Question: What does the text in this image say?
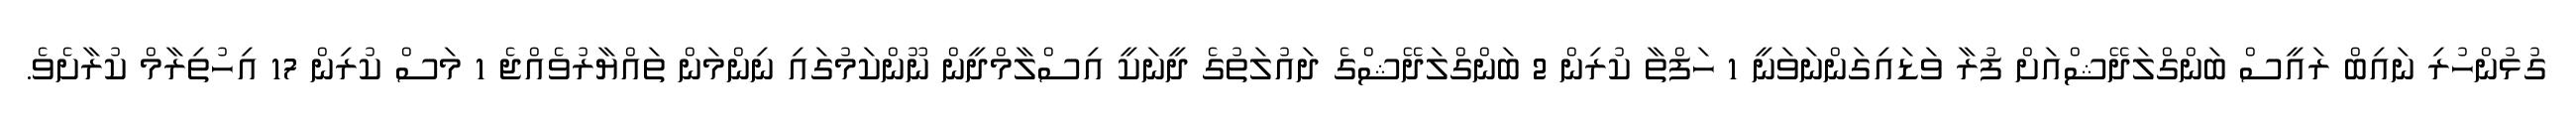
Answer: ގުޅުންހުރި ނައިބް ރައީސް ބަންގްލަދޭޝްއަށް ފުރާ ވަޑައިގަންނަވަނީ 1 ހަފްތާ ކުރިން 2 ބަންގްލަދޭޝްގެ ދައުލަތުގެ ދީނަކީ އިސްލާމްދީން ނޫންކަމުގައި ނިންމަން ތައްޔާރުވެއްޖެ 1 މަސް ކުރިން 17 އިހުތިރާމް ކުރާށެވެ.